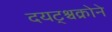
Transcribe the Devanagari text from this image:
दयट्श्चक्रोने